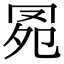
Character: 𦊗